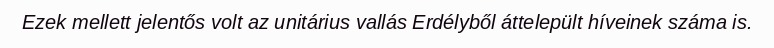
Ezek mellett jelentős volt az unitárius vallás Erdélyből áttelepült híveinek száma is.